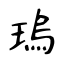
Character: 瑦